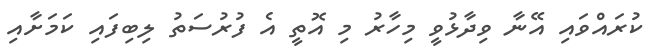
ކުރައްވައި އޭނާ ވިދާޅުވީ މިހާރު މި އޮތީ އެ ފުރުސަތު ލިބިފައި ކަމަށާއި